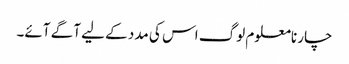
چار نامعلوم لوگ اس کی مدد کے لیے آگے آئے۔